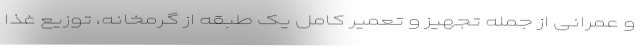
و عمرانی از جمله تجهیز و تعمیر کامل یک طبقه از گرمخانه، توزیع غذا